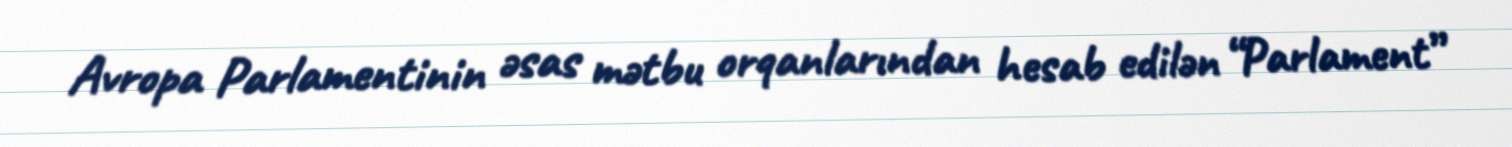
Avropa Parlamentinin əsas mətbu orqanlarından hesab edilən “Parlament”